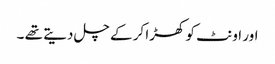
اور اونٹ کو کھڑا کر کے چل دیتے تھے ۔